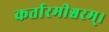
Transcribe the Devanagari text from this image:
कर्तारमीश्वरम्।